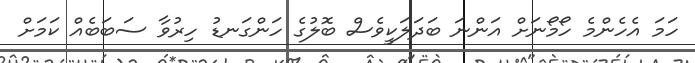
ހަމަ އެހެންމެ ހޯމޯނަށް އަންނަ ބަދަލަކީވެސް ބޮލުގެ ހަންގަނޑު ހިރުވާ ސަބަބެއް ކަމަށް